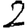
Digit: 2